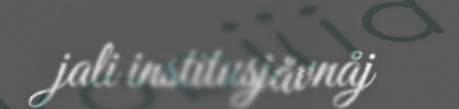
jali institusjåvnåj